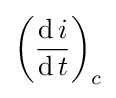
\left({\frac {\operatorname {d} i}{\operatorname {d} t}}\right)_{c}